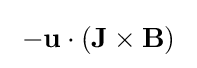
\;-\mathbf {u} \cdot (\mathbf {J} \times \mathbf {B} )\;